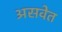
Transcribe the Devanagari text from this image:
असवेत